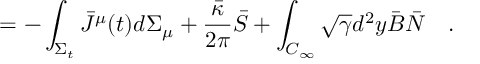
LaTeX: = - \int _ { \Sigma _ { t } } \bar { J } ^ { \mu } ( t ) d \Sigma _ { \mu } + { \frac { \bar { \kappa } } { 2 \pi } } \bar { S } + \int _ { C _ { \infty } } \sqrt { \gamma } d ^ { 2 } y \bar { B } \bar { N } ~ ~ ~ .